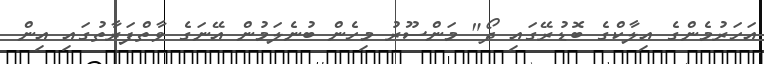
އަހަރުމެންގެ އިލާކްގެ ބޮޑުރޭގައި ދޯ" މަންސޫރު މިހެން ބުނެލަމުން އޭނަގެ ވާތްފަރާތުގައި އިން